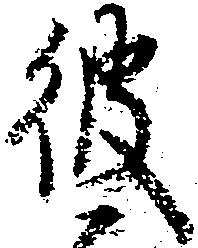
彼